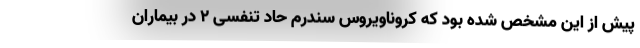
پیش از این مشخص شده بود که کروناویروس سندرم حاد تنفسی ۲ در بیماران